Document type: Confirmation
Year: 1374
Scribe: Ramon Camat
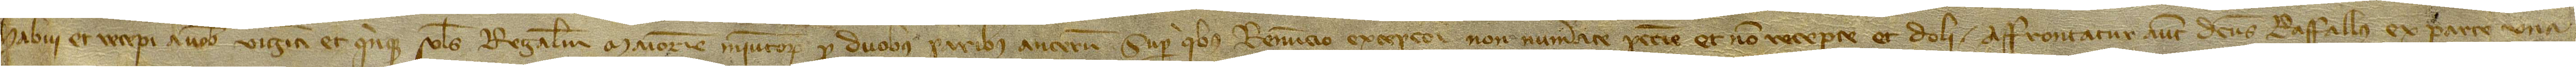
habui et recepi a vobis viginti et quinque solidos regalium Maioricis iniuntorum pro duobus paribus ancerum, super quibus renuncio excepcioni non numerate pecunie et non recepte et doli. Affrontatur autem dictus raffallus ex parte una